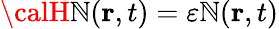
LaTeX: {\calH}{\cal\mathbb{N}}({\mathbf{{r}}},t)=\varepsilon{\cal\mathbb{N}}({\mathbf{{r}}},t)